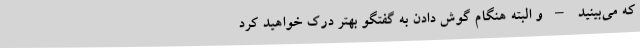
که ‌می‌بینید – و البته هنگام گوش دادن به گفتگو بهتر درک خواهید کرد